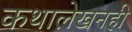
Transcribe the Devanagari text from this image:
कथालेखनही